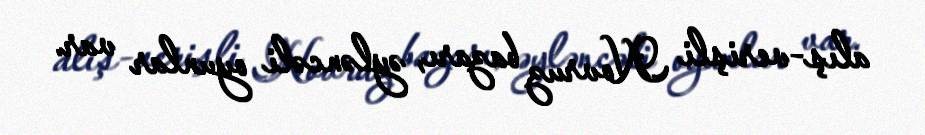
alış-verişli Novruz bazarı, əyləncəli oyunlar var.